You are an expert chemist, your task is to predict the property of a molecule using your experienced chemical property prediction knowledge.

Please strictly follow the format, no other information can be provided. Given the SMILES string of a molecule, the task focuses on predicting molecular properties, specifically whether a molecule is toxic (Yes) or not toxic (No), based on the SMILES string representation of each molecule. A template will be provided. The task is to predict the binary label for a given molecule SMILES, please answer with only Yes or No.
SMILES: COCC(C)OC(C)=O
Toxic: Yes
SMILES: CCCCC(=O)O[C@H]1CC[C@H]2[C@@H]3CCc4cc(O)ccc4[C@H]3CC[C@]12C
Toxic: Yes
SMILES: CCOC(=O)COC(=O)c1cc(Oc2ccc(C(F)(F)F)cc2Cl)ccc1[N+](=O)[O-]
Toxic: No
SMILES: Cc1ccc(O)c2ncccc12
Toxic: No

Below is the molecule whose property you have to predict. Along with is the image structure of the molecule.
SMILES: Cl[In](Cl)Cl
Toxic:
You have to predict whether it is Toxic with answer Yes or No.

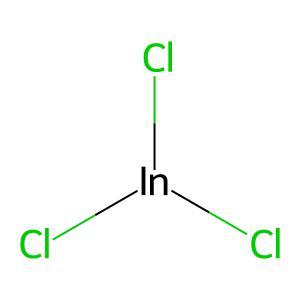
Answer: No